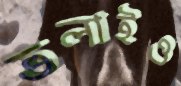
তলাইও